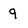
Character: 9